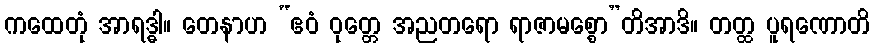
ကထေတုံ အာရဒ္ဓါ။ တေနာဟ “ဧဝံ ဝုတ္တေ အညတရော ရာဇာမစ္စော”တိအာဒိ။ တတ္ထ ပူရဏောတိ